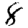
Digit: 8